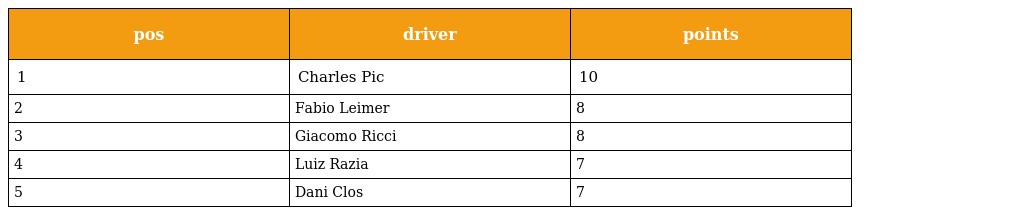
| pos | driver | points |
 | --- | --- | --- |
 | 1 | Charles Pic | 10 |
 | 2 | Fabio Leimer | 8 |
 | 3 | Giacomo Ricci | 8 |
 | 4 | Luiz Razia | 7 |
 | 5 | Dani Clos | 7 |